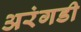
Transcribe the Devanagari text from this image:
अरंगडी